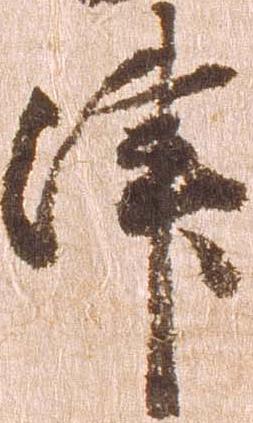
津